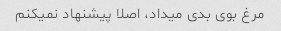
مرغ بوی بدی میداد، اصلا پیشنهاد نمیکنم